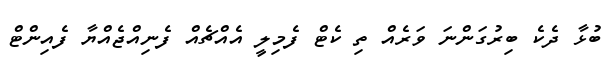
ބުޅާ ދެކެ ބިރުގަންނަ ވަރެއް ތި ކެޓް ފެމިލީ އެއްޗެއް ފެނިއްޖެއްޔާ ފެއިންޓް